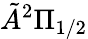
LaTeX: \tilde{A}^{2}\Pi_{1/2}